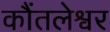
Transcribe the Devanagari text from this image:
कौंतलेश्वर